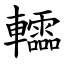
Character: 䡼